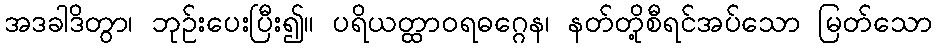
အဒခါဒိတွာ၊ ဘုဉ်းပေးပြီး၍။ ပရိယတ္ထာဝရဓဂ္ဂေန၊ နတ်တို့စီရင်အပ်သော မြတ်သော